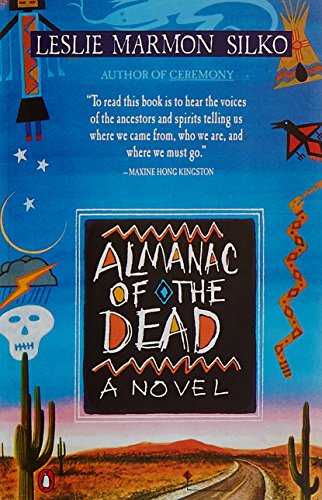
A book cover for Almanac of the Dead; Leslie Marmon Silko; Literature & Fiction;